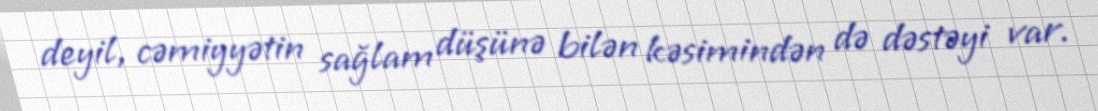
deyil, cəmiyyətin sağlam düşünə bilən kəsimindən də dəstəyi var.